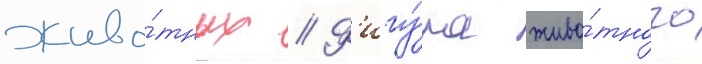
живо́тных // Ф'игу́ра живо́тного